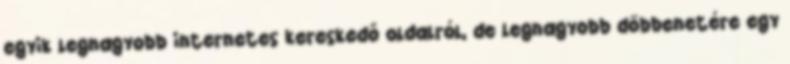
egyik legnagyobb internetes kereskedő oldalról, de legnagyobb döbbenetére egy